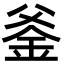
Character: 𨥏